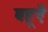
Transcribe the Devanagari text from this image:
बहूएँ